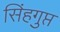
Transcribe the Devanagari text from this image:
सिंहगुप्त